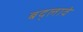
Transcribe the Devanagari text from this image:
बद्लावे